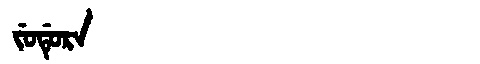
Manchu: ᠵᡠᡩᡠᡵᠠ
Romanization: JUDURA